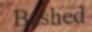
Bashed